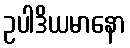
ဥပါဒိယမာနော